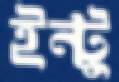
ইন্টু